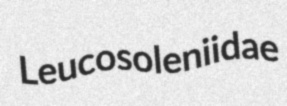
Leucosoleniidae